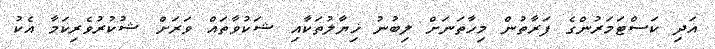
އަދި ކަސްޓަމަރުންގެ ފަރާތުން މިހާތަނަށް ލިބުނު ޚިޔާލުތަކާއި ޝަކުވާތައް ވަރަށް ޝުކުރުވެރިކަމާ އެކު